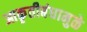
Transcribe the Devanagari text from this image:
आकृतीबंधामुळे